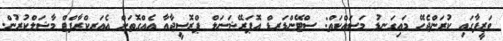
ވަޒީފާގައި ކުރަންޖެހޭ މައިގަނޑު މަސައްކަތް: ސްޓޭންޑަރޑް އޮޕަރޭޝަނަލް ޕްރޮސީޖާއާ އެއްގޮތަށް އެއަރކްރާފްޓް މާޝަލްކުރުން.